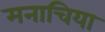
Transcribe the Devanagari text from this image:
मनाचिया